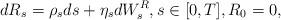
LaTeX: \begin{align*}dR_s = \rho_s ds + \eta_s dW^R_s, s \in [0,T], R_0=0,\end{align*}